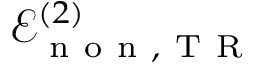
\mathcal { E } _ { \mathrm { ~ n ~ o ~ n ~ } , \mathrm { ~ T ~ R ~ } } ^ { ( 2 ) }